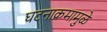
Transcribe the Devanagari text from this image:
घटनाक्रमामुळे